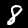
Digit: 8